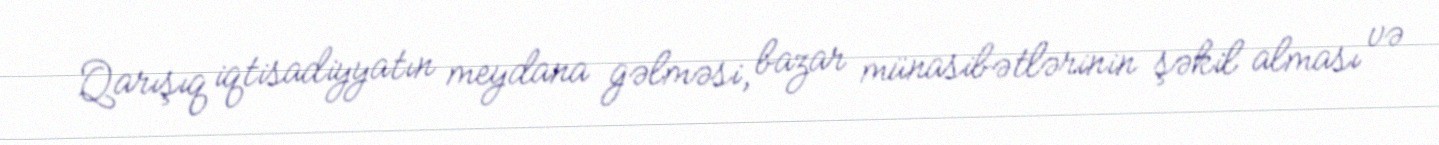
Qarışıq iqtisadiyyatın meydana gəlməsi, bazar münasibətlərinin şəkil alması və